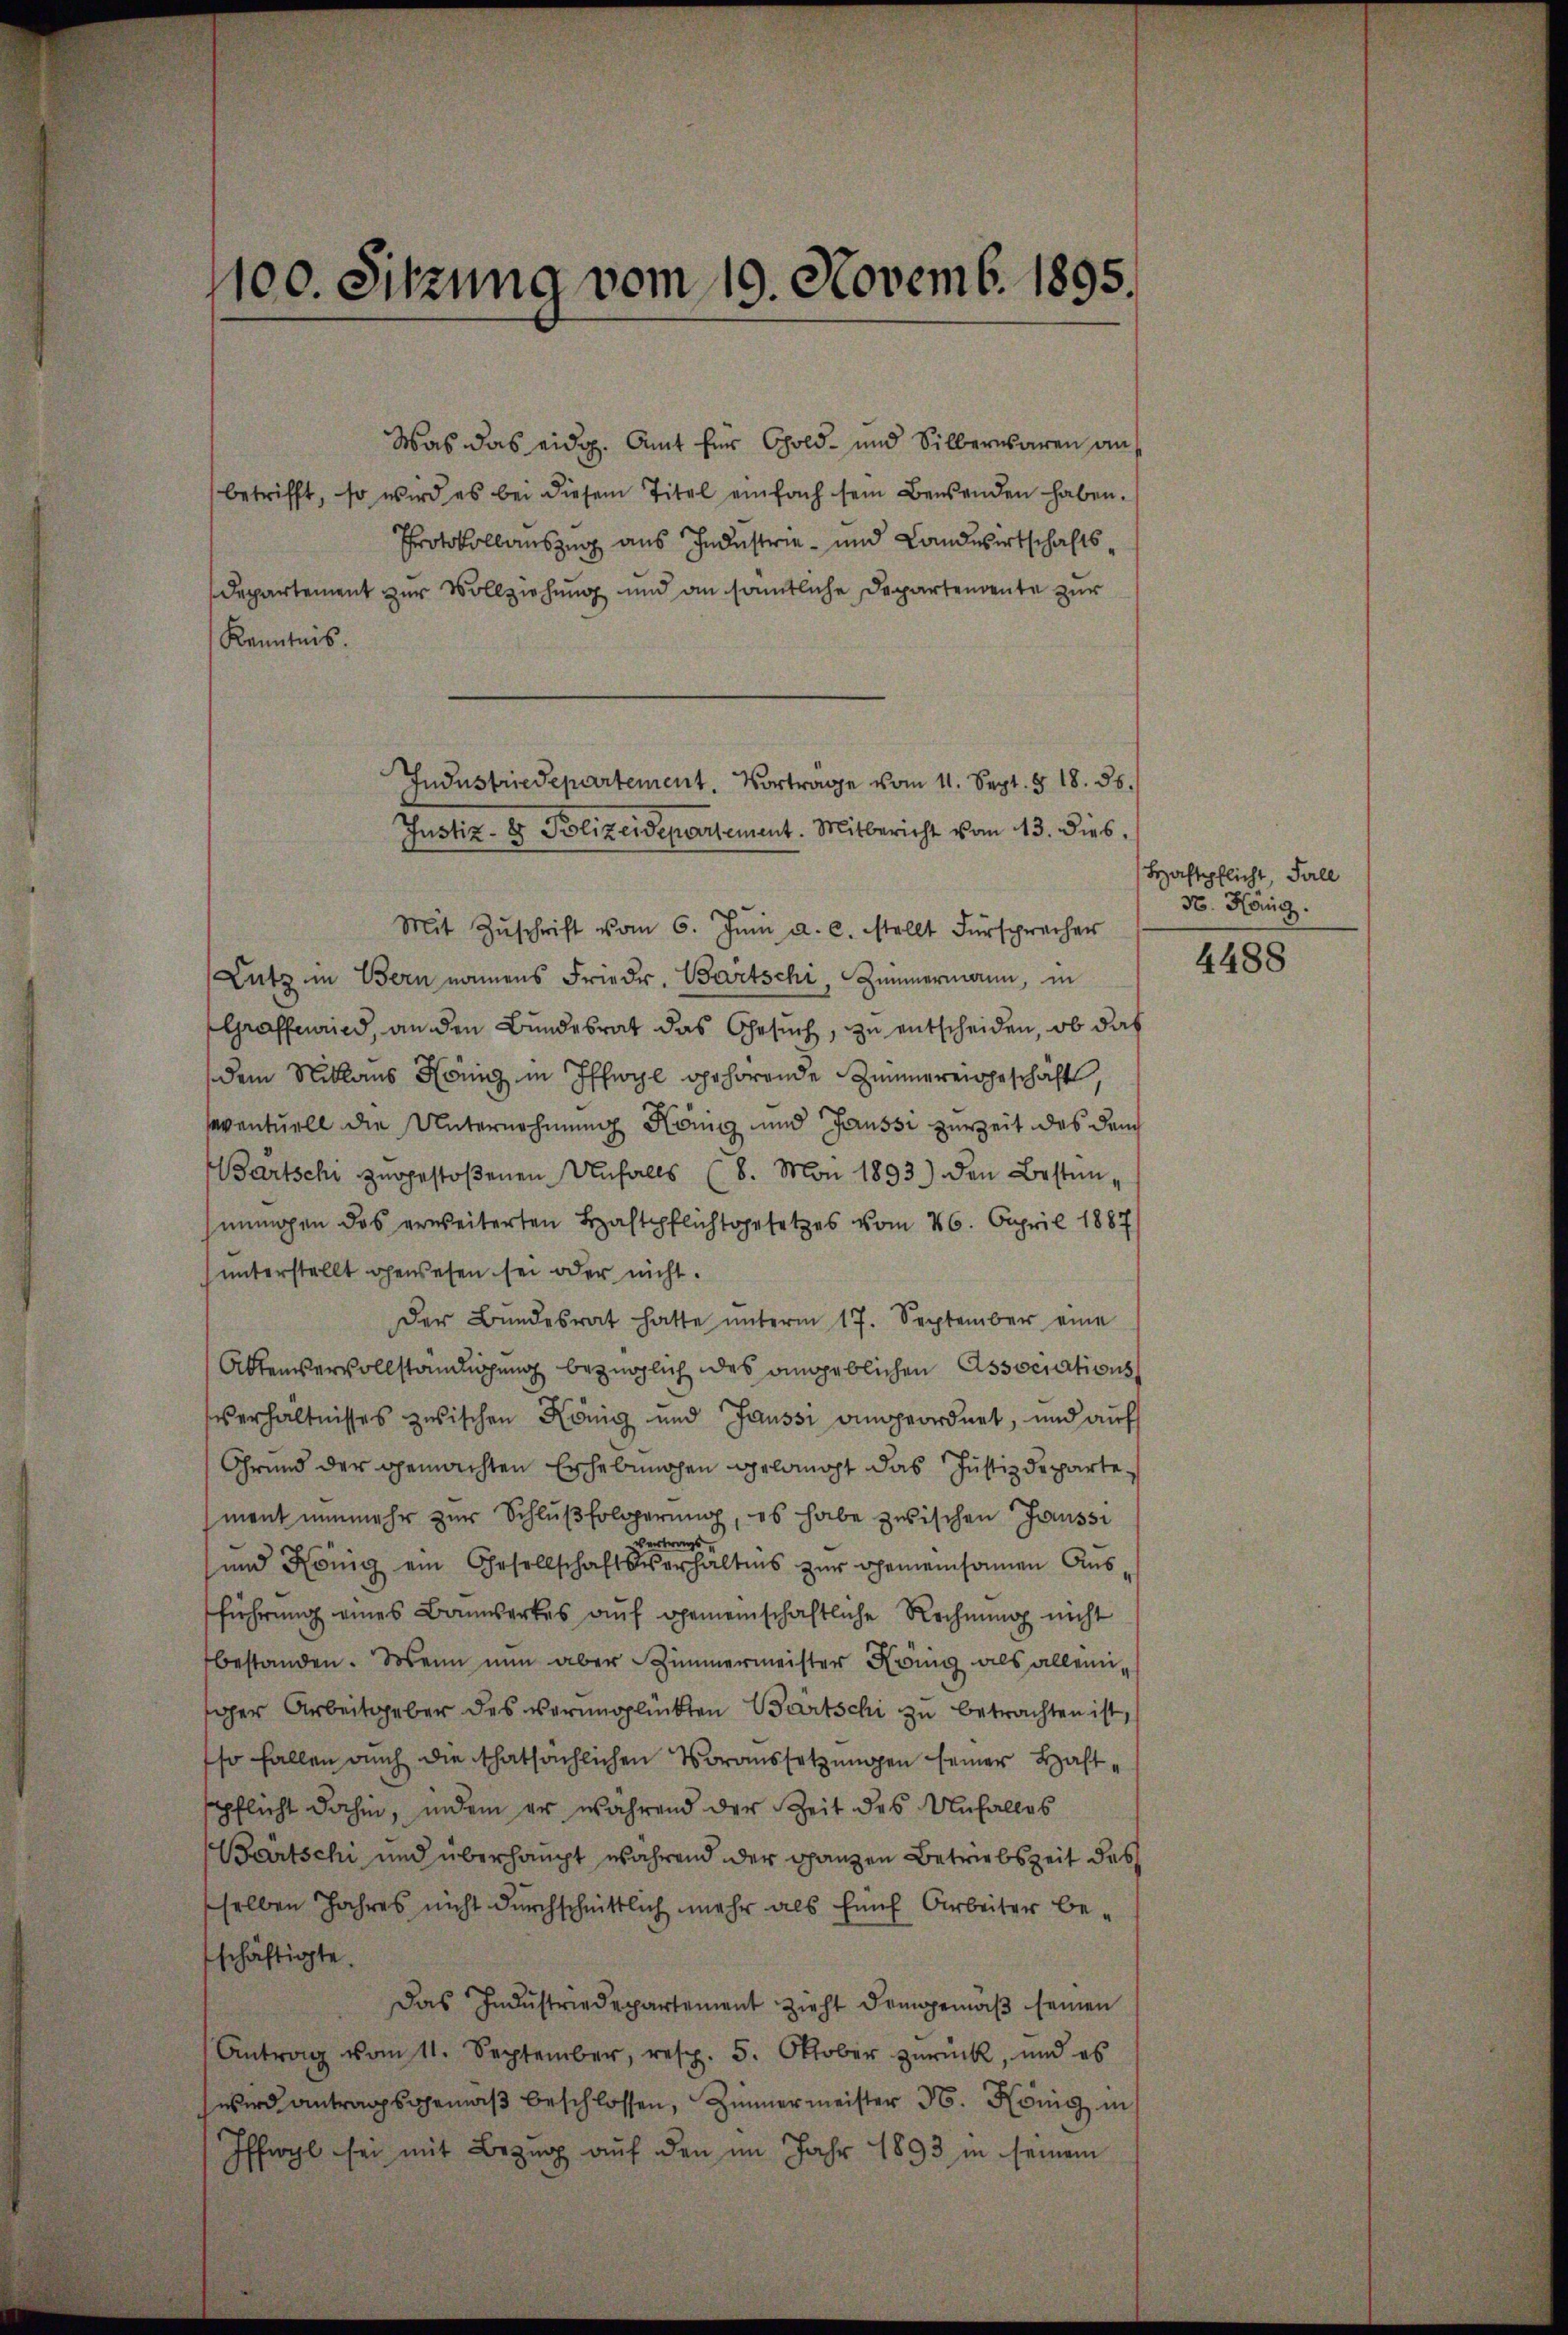
1100. Sitzung vom 19. Novemb. 1895.

Kenntnis.

Was das eidg. Amt für Gold- und Silberwaren aus
betrifft, so wird es bei diesem Titel einfach sein Bewenden haben.
Protokollauszug aus Industrie- und Landwirtschafts¬
Departement zur Vollziehung und an sämtliche Departendente zur
Justiz- & Polizeidepartement. Mitbericht vom 13. dies.
Mit Zŭschrift vom 6. Jŭni a.c. stellt Fürsprecher
Lutz in Bern namens Friedr. Bartschi, Zimmermann, in
Graffenried, an den Bundesrat das Gesuch, zu entscheiden, ob das
dem Niklaus König in Iffwyl gehörende Zinnereingeschäft,
eventuell die Unternehmung König und Haussi zurZeit des dem
Bartschi zugestoßenen Unfalls (8. Mai 1893) den Besten,
mungen das erweiterten Haftpflichtgesetzes vom 26. April 1887
unterstellt gewesen sei oder nicht.
Der Bŭndesrat hatte ŭnterm 17. September eine
Aktenvervollständlichung bezüglich des angeblichen Associationss
Verhältnisses zwischen König und Gaussi angeordnet, und auf
Grund der gemachten Erhebungen gelangt das Justizdepartement nunmehr zur Schlŭβfolgerung, es habe zwischen Gaussi
Vertrags
und König ein Gesellschaftsverhältnis zŭr Gemeinsamen Aŭs
führung eines Bauwerkes auf gemeinschaftliche Rechnung nicht
bestanden. Wenn nun aber Zimmermeister Krung als allem,
ger Arbeitgeber des verunglückten Wartschi zu betrachten ist,
so fallen auch die thatsächlichen Voraussetzungen seiner Haftspflicht dahin, indem er während der Zeit des Unfalles
Bartschi und überhaupt während der ganzen Betriebszeit des
selben Jahres nicht durchschnittlich mehr als fünf Arbeiter be-
schäftigte.
Das Industriedepartement Zieht demgemäß seinen
Antrag vom 11. September, resp. 5. Oktober zŭrück, und es
wird antragsgemäβ beschlossen, Zimmermeister N. König in
ffwyl sei mit Bezug auf den im Jahr 1893 in seinem
0

Industriedepartement. Vortrage vom 11. Sept. § 18. ds.

Haftpflicht, Fall
30. Häng.

4488